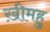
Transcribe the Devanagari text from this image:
ख़ीमहु